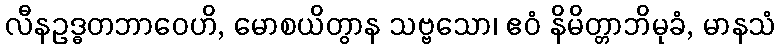
လီနဥဒ္ဓတဘာဝေဟိ, မောစယိတွာန သဗ္ဗသော၊ ဧဝံ နိမိတ္တာဘိမုခံ, မာနသံ